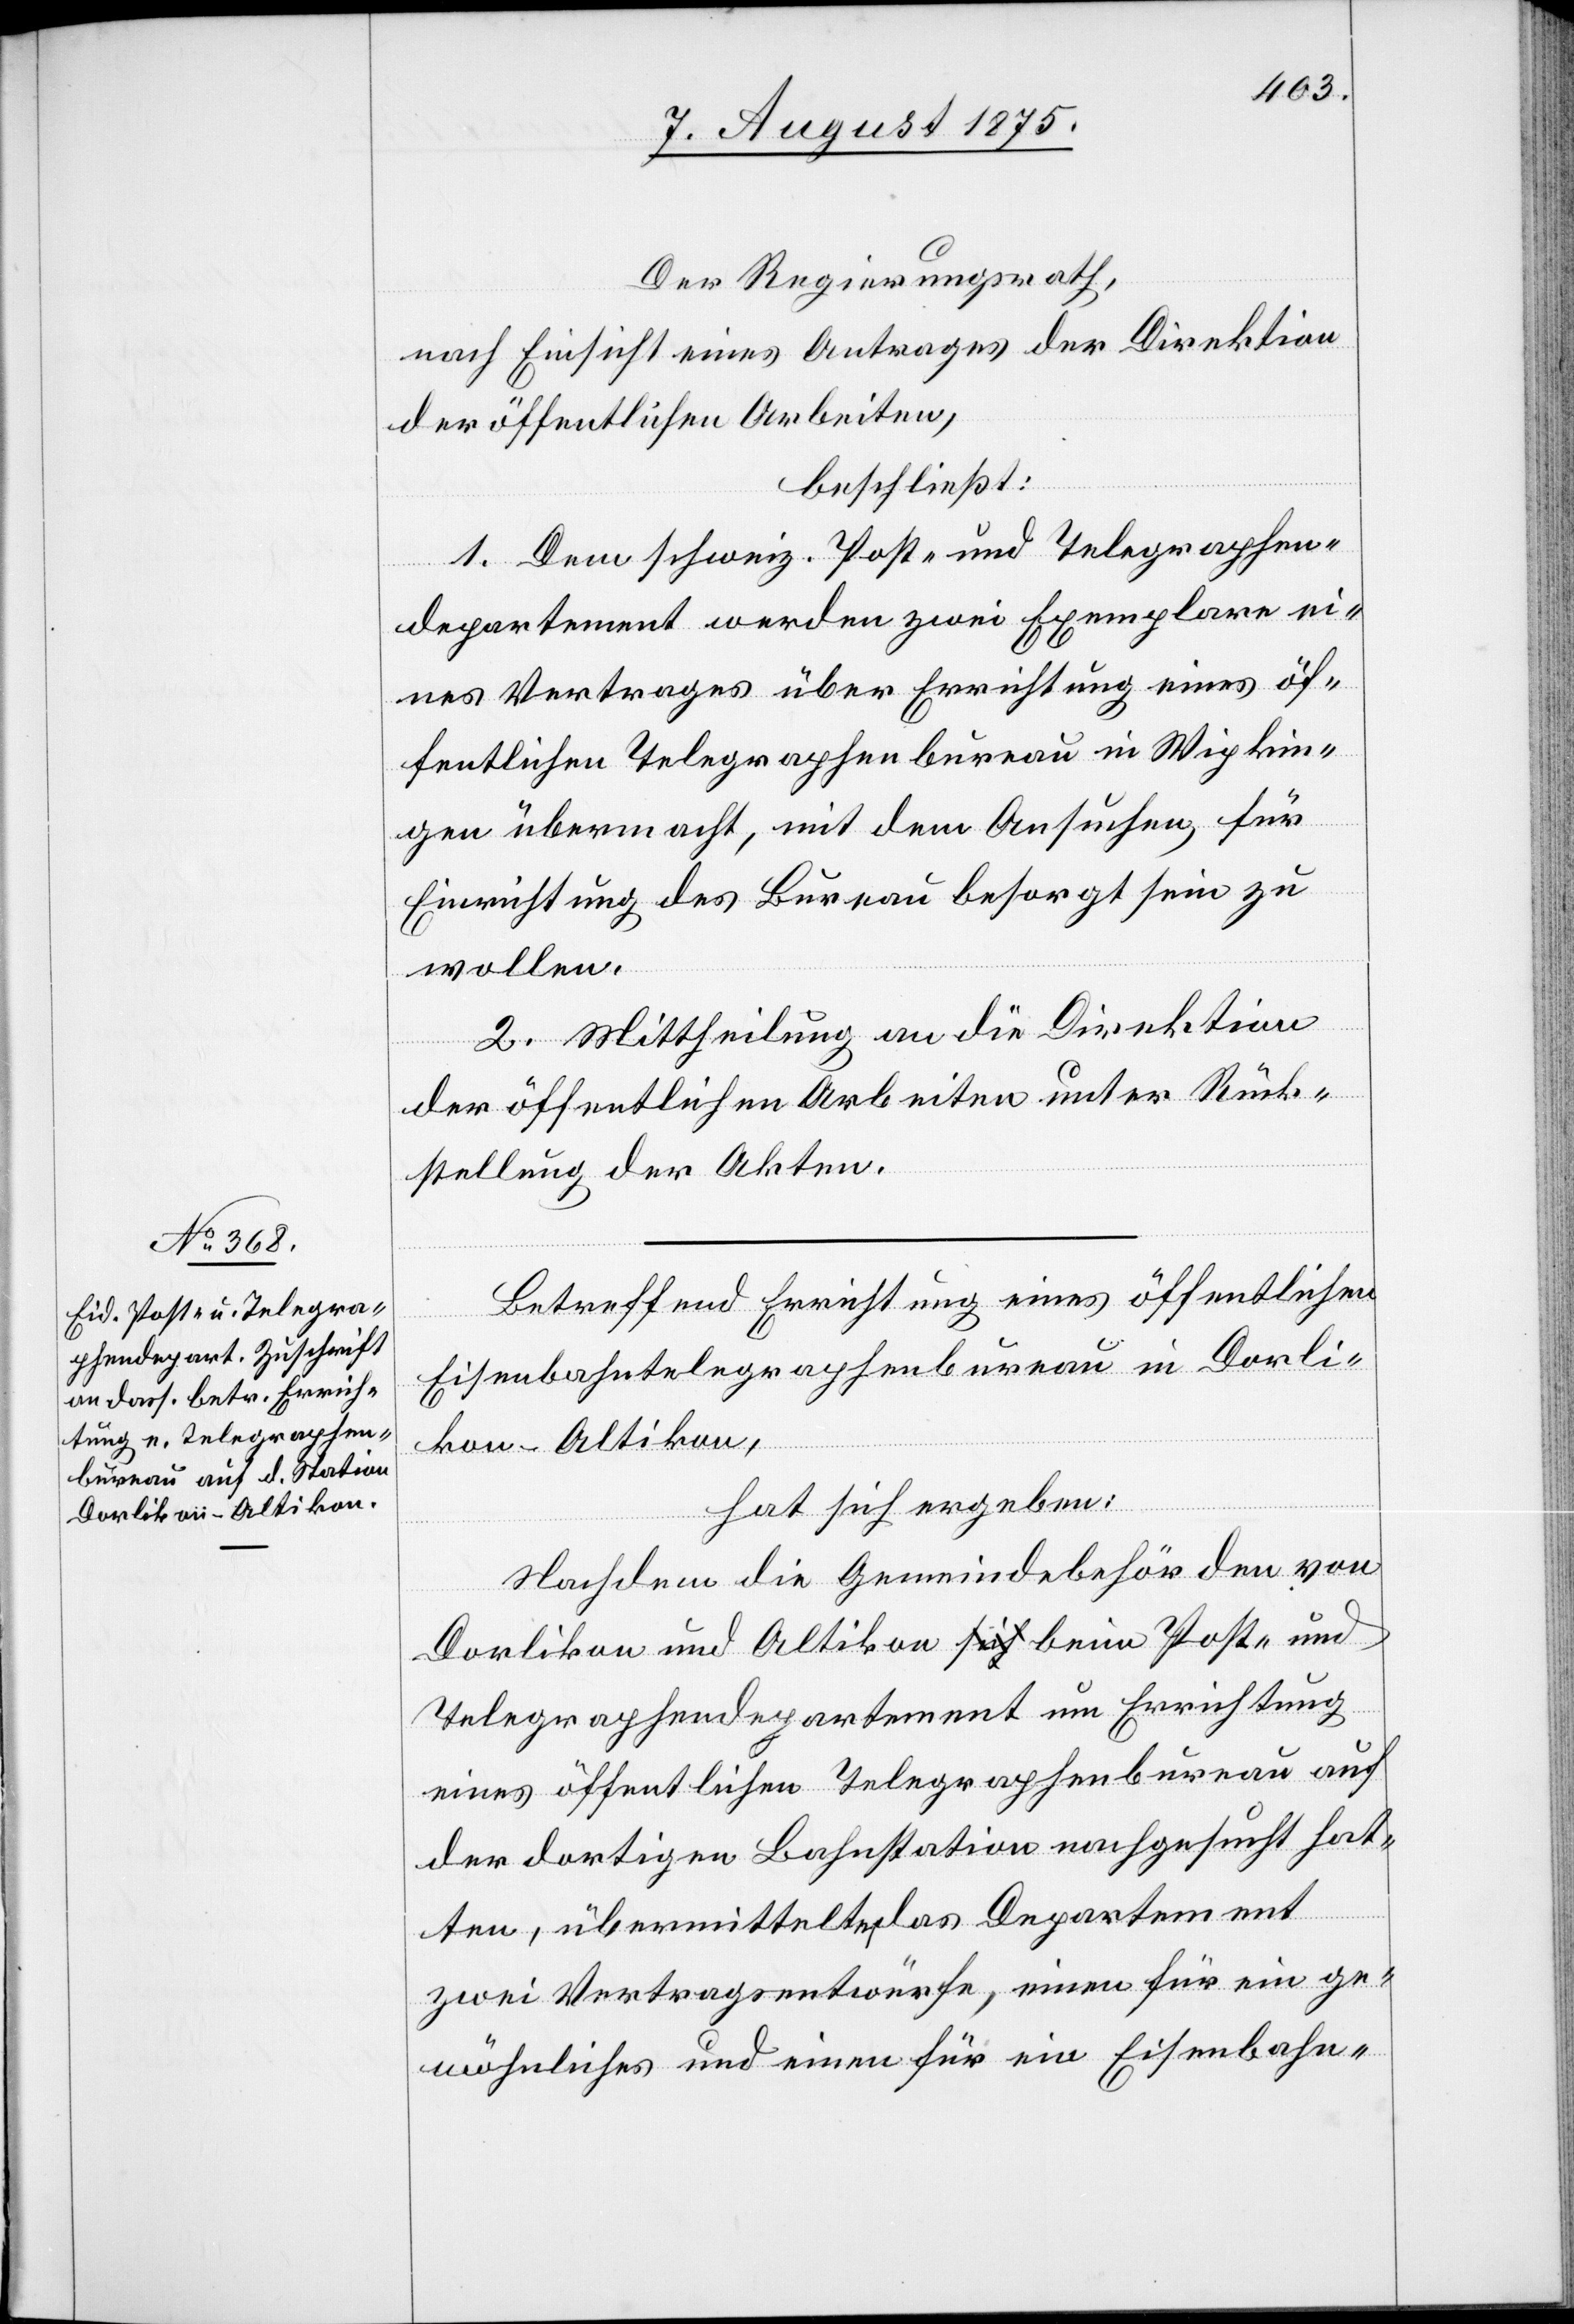
9. August 1875.]
Der Regierungsrath,
nach Einsicht eines Antrages der Direktion
der öffentlichen Arbeiten,
beschließt:
1. Dem schweiz. Post- und Telegraphen¬
departement werden zwei Exemplare eine¬
öffentlichen Telegraphenbureau in Wipkin¬
gen übermacht, mit dem Ansuchen, für
s
Einrichtung des Bureau besorgt sein zu
wollen.
2. Mittheilung an die Direktion
der öffentlichen Arbeiten unter Rück¬
stellung der Akten.
Betreffend Errichtung eines öffentlichen
Eisenbahntelegraphenbureau in Dorli¬
kon-Altikon,
hat sich ergeben:
Nachdem die Gemeindebehörden von
Dorlikon und Altikon beim Post- und
Telegraphendepartement um Errichtung
eines öffentlichen Telegraphenbureau auf
der dortigen Bahnstation nachgesucht hat¬
ten, übermittelte das Departement
zwei Vertragsentwürfe, einen für ein ge¬
wöhnliches und einen für ein Eisenbahn-